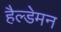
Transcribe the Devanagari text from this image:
हैल्डेमन